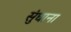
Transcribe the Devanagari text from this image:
सुंघाना